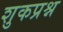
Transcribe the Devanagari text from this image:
शुकप्रश्न